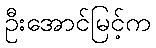
ဦးအောင်မြင့်က